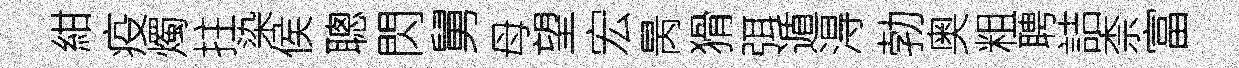
紺疫燭拄染侯聰閃舅母望宏昺猾弭遁淂勃奥粗聘詰柰富